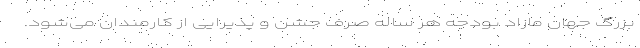
بزرگ جهان مازاد بودجه هر ساله صرف جشن و پذیرایی از کارمندان می‌شود.